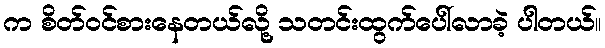
က စိတ်ဝင်စားနေတယ်လို့ သတင်းထွက်ပေါ်လာခဲ့ ပါတယ်။